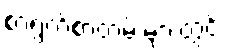
စာရွက်စာတမ်းများတွင်